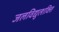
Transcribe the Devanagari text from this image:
जलविद्युत्शक्ति